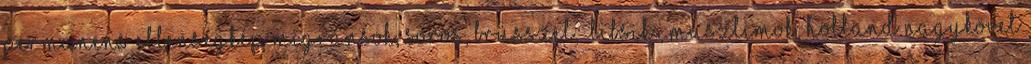
permanens ellenségkép migránsok, Soros, Brüsszel, „libsik”, muszlimok, holland nagykövet